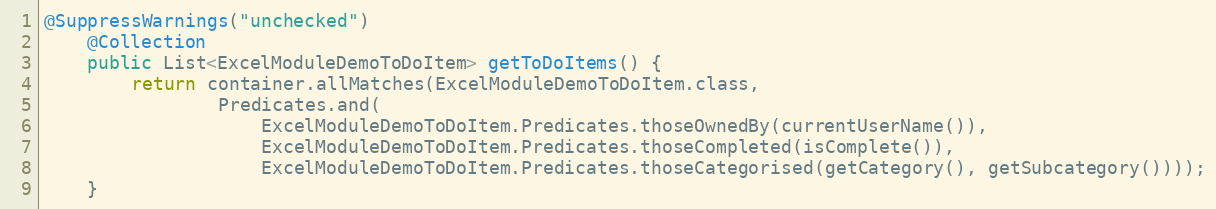
Language: Java
@SuppressWarnings("unchecked")
    @Collection
    public List<ExcelModuleDemoToDoItem> getToDoItems() {
        return container.allMatches(ExcelModuleDemoToDoItem.class,
                Predicates.and(
                    ExcelModuleDemoToDoItem.Predicates.thoseOwnedBy(currentUserName()),
                    ExcelModuleDemoToDoItem.Predicates.thoseCompleted(isComplete()),
                    ExcelModuleDemoToDoItem.Predicates.thoseCategorised(getCategory(), getSubcategory())));
    }